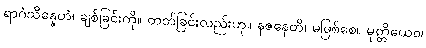
ရာဂံသိန္နေဟံ၊ ချစ်ခြင်းကို။ တတ်ခြင်းလည်းဟု။ နဇနေတိ၊ မဖြစ်စေ။ မုတ္တိယေဝ၊